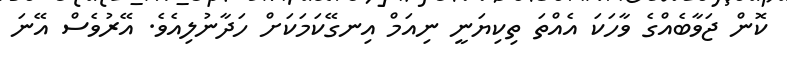
ކޮން ޖަވާބެއްގެ ވާހަކަ އެއްތަ ތިކިޔަނީ ނިއަމް އިނގޭކަމަކަށް ހަދާނުލިއެވެ. އޭރުވެސް އޭނަ